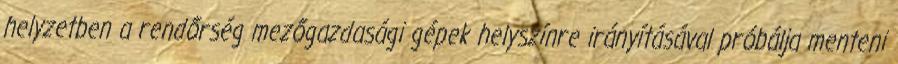
helyzetben a rendőrség mezőgazdasági gépek helyszínre irányításával próbálja menteni